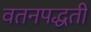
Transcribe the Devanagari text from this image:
वतनपद्धती